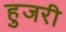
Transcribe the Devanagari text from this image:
हुजरी